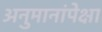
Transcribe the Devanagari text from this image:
अनुमानांपेक्षा